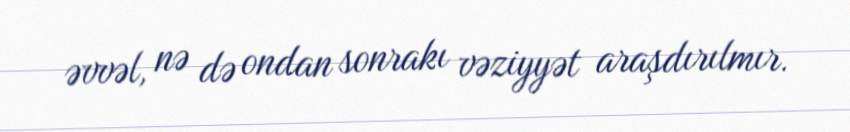
əvvəl, nə də ondan sonrakı vəziyyət araşdırılmır.